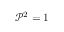
\mathcal { P } ^ { 2 } = 1